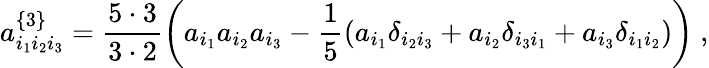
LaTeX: a_{i_{1}i_{2}i_{3}}^{\left\{ 3\right\} }=\frac{5\cdot 3}{3\cdot 2}\left(a_{i_{1}}a_{i_{2}}a_{i_{3}}-\frac{1}{5}\left(a_{i_{1}}\delta_{i_{2}i_{3}}+a_{i_{2}}\delta_{i_{3}i_{1}}+a_{i_{3}}\delta_{i_{1}i_{2}}\right)\right)\ ,